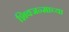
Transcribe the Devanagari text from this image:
शिवजन्माच्या